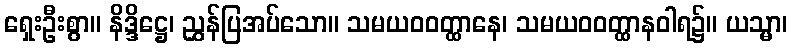
ရှေးဦးစွာ။ နိဒ္ဒိဋ္ဌေ၊ ညွှန်ပြအပ်သော။ သမယဝဝတ္ထာနေ၊ သမယဝဝတ္ထာနဝါရ၌။ ယသ္မာ၊